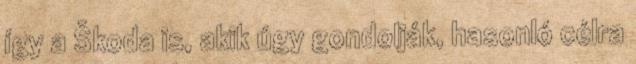
így a Škoda is, akik úgy gondolják, hasonló célra